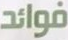
فوائد